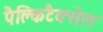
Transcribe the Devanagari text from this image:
पैक्लिटैक्सेल